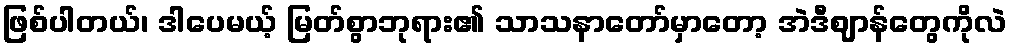
ဖြစ်ပါတယ်၊ ဒါပေမယ့် မြတ်စွာဘုရား၏ သာသနာတော်မှာတော့ အဲဒီဈာန်တွေကိုလဲ